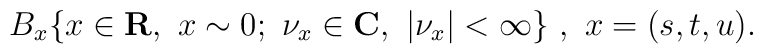
B_x \{ x \in {\bf R},\ x \sim 0;\    {\nu}_x \in {\bf C},\ |{\nu}_x| < \infty \}\ ,\\\\\    x = (s,t,u) .